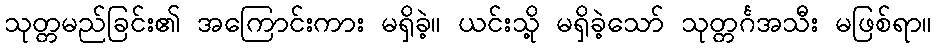
သုတ္တမည်ခြင်း၏ အကြောင်းကား မရှိခဲ့။ ယင်းသို့ မရှိခဲ့သော် သုတ္တင်္ဂအသီး မဖြစ်ရာ။